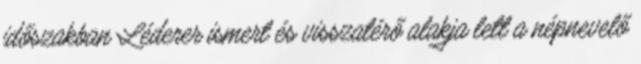
időszakban Léderer ismert és visszatérő alakja lett a népnevelő